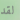
لقد